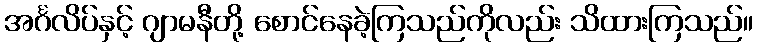
အင်္ဂလိပ်နှင့် ဂျာမနီတို့ စောင်နေခဲ့ကြသည်ကိုလည်း သိထားကြသည်။